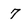
Character: 7